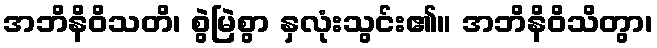
အဘိနိဝိသတိ၊ စွဲမြဲစွာ နှလုံးသွင်း၏။ အဘိနိဝိသိတွာ၊